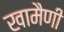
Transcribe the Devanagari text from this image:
खामैणी